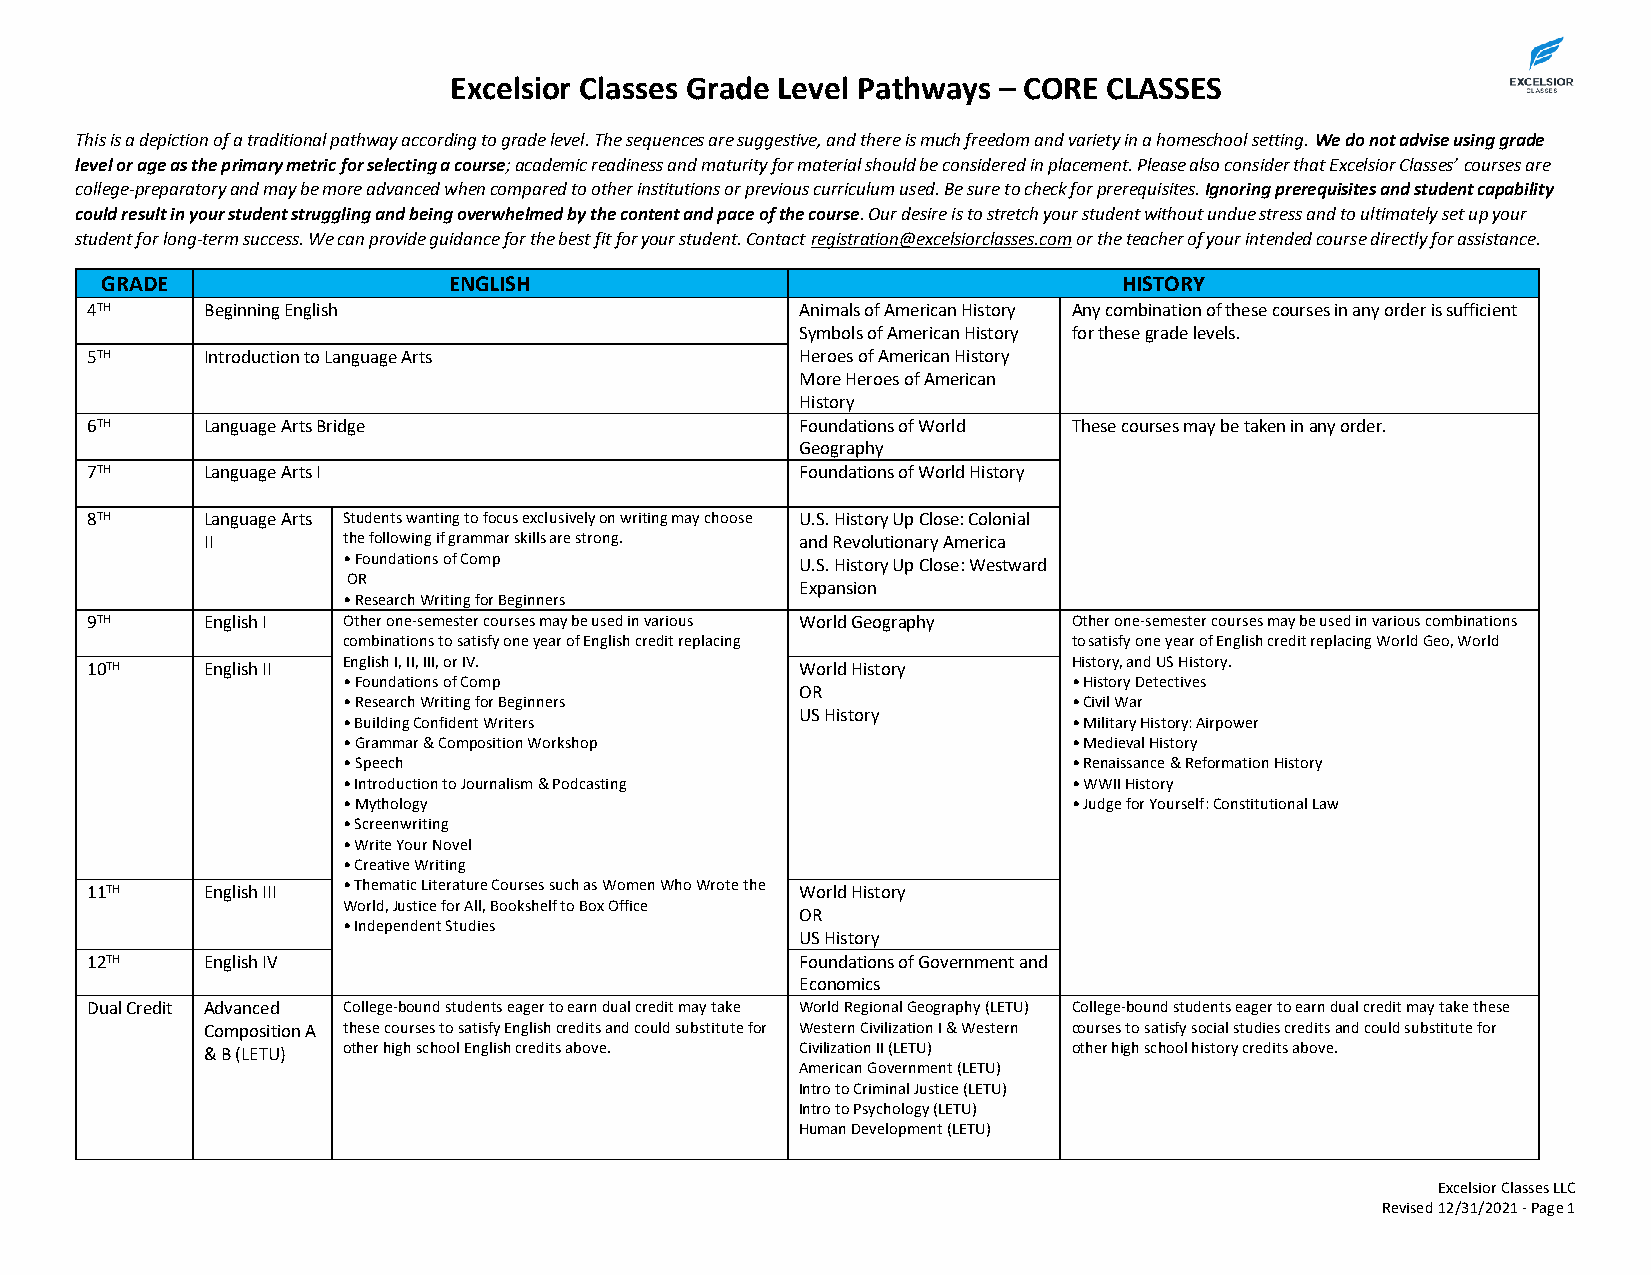
Excelsior Classes Grade Level Pathways – CORE CLASSES
 This is a depiction of a traditional pathway according to grade level. The sequences are suggestive, and there is much freedom and variety in a homeschool setting. We do not advise using grade
 level or age as the primary metric for selecting a course; academic readiness and maturity for material should be considered in placement. Please also consider that Excelsior Classes’ courses are
 college-preparatory and may be more advanced when compared to other institutions or previous curriculum used. Be sure to check for prerequisites. Ignoring prerequisites and student capability
 could result in your student struggling and being overwhelmed by the content and pace of the course. Our desire is to stretch your student without undue stress and to ultimately set up your
 student for long-term success. We can provide guidance for the best fit for your student. Contact registration@excelsiorclasses.com or the teacher of your intended course directly for assistance.
 GRADE                  ENGLISH                                     HISTORY
 4TH     Beginning English                      Animals of American History Any combination of these courses in any order is sufficient
 Symbols of American History for these grade levels.
 5TH     Introduction to Language Arts          Heroes of American History
 More Heroes of American
 History
 6TH     Language Arts Bridge                   Foundations of World These courses may be taken in any order.
 Geography
 7TH     Language Arts I                        Foundations of World History
 8TH     Language Arts Students wanting to focus exclusively on writing may choose U.S. History Up Close: Colonial
 II       the following if grammar skills are strong. and Revolutionary America
 • Foundations of Comp         U.S. History Up Close: Westward
 OR
 Expansion
 • Research Writing for Beginners
 9TH     English I Other one-semester courses may be used in various World Geography Other one-semester courses may be used in various combinations
 combinations to satisfy one year of English credit replacing to satisfy one year of English credit replacing World Geo, World
 10TH    English II English I, II, III, or IV.  World History     History, and US History.
 • Foundations of Comp                           • History Detectives
 OR
 • Research Writing for Beginners                • Civil War
 US History
 • Building Confident Writers                    • Military History: Airpower
 • Grammar & Composition Workshop                • Medieval History
 • Speech                                        • Renaissance & Reformation History
 • Introduction to Journalism & Podcasting       • WWII History
 • Mythology                                     • Judge for Yourself: Constitutional Law
 • Screenwriting
 • Write Your Novel
 • Creative Writing
 11TH    English III • Thematic Literature Courses such as Women Who Wrote the World History
 World, Justice for All, Bookshelf to Box Office
 OR
 • Independent Studies
 US History
 12TH    English IV                             Foundations of Government and
 Economics
 Dual Credit Advanced College-bound students eager to earn dual credit may take World Regional Geography (LETU) College-bound students eager to earn dual credit may take these
 Composition A these courses to satisfy English credits and could substitute for Western Civilization I & Western courses to satisfy social studies credits and could substitute for
 & B (LETU) other high school English credits above. Civilization II (LETU) other high school history credits above.
 American Government (LETU)
 Intro to Criminal Justice (LETU)
 Intro to Psychology (LETU)
 Human Development (LETU)
 Excelsior Classes LLC
 Revised 12/31/2021 - Page 1